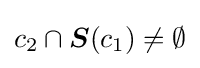
c_{2}\cap {\boldsymbol {S}}(c_{1})\neq \emptyset